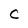
Character: C